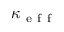
\kappa _ { \mathrm { ~ e ~ f ~ f ~ } }